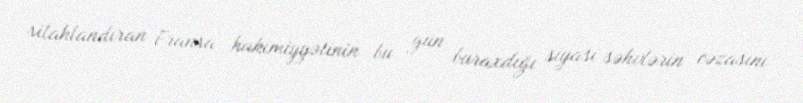
silahlandıran Fransa hakimiyyətinin bu gün buraxdığı siyasi səhvlərin cəzasını